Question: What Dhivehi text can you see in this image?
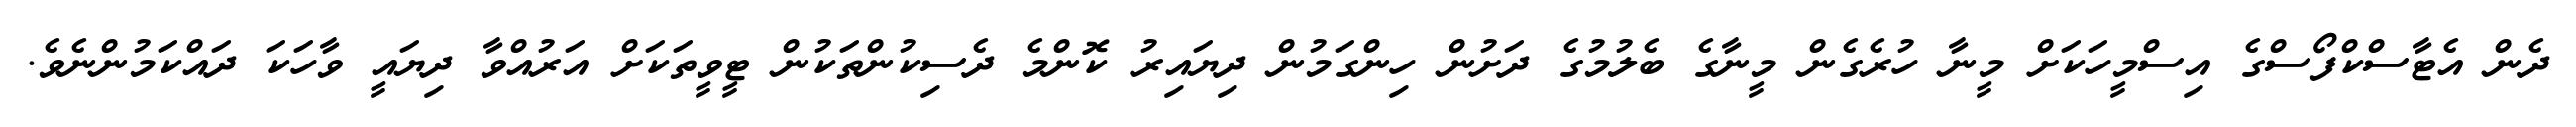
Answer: ދެން އެޓާސްކްފޯސްގެ އިސްމީހަކަށް މީނާ ހުރެގެން މީނާގެ ބެލުމުގެ ދަށުން ހިންގަމުން ދިޔައިރު ކޮންމެ ދެސިކުންތަކުން ޓީވީތަކަށް އަރުއްވާ ދިޔައީ ވާހަކަ ދައްކަމުންނެވެ.